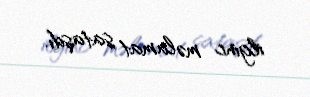
ilginc məlumat sataşdı.